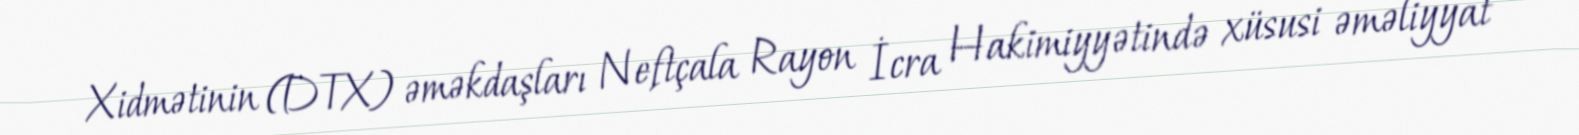
Xidmətinin (DTX) əməkdaşları Neftçala Rayon İcra Hakimiyyətində xüsusi əməliyyat